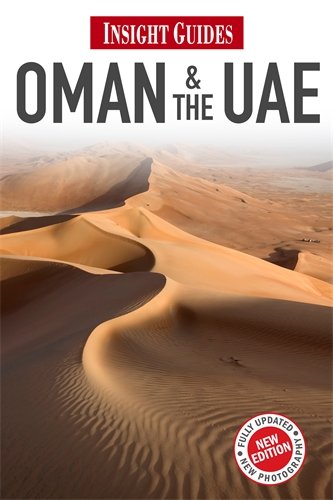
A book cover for Oman & the U' (Insight Guides); Gavin Thomas; Travel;